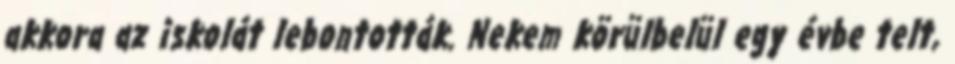
akkora az iskolát lebontották. Nekem körülbelül egy évbe telt,